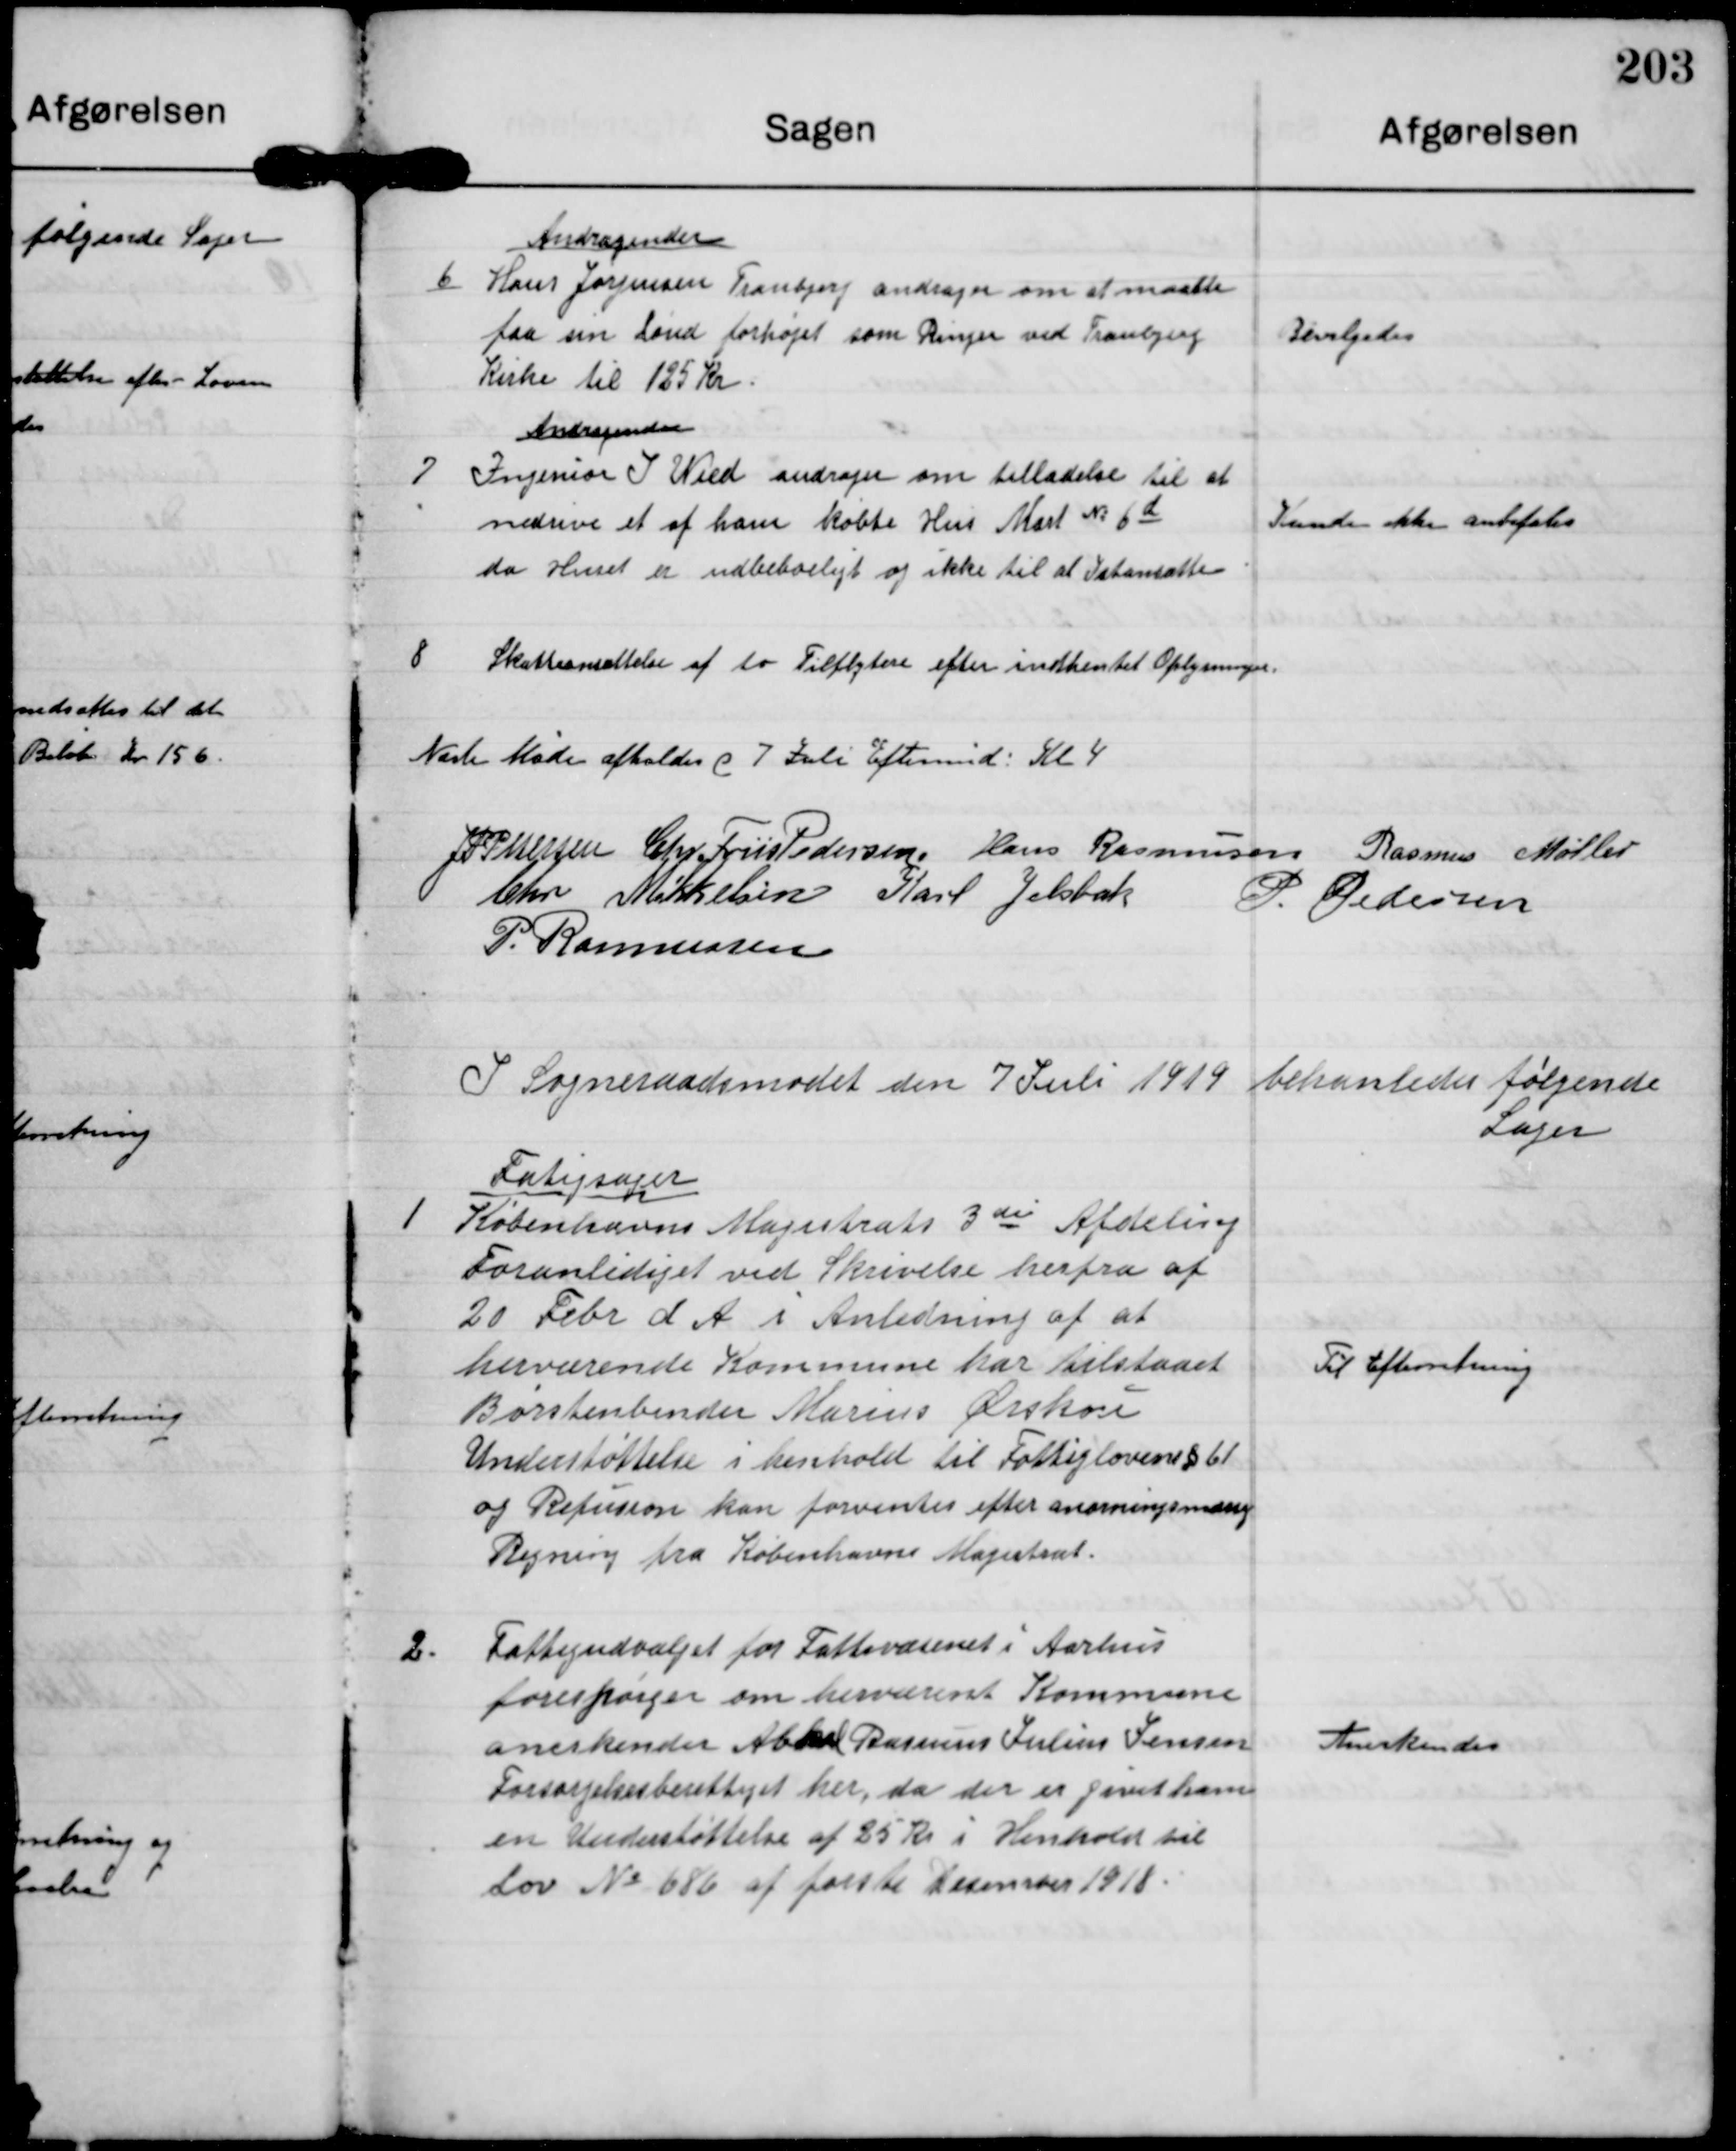
Transskription:
6

Andragender
Hans Jørgensen Tranbjerg andrager om at maatte
faa sin Lønd forhøjet som Ringer ved Tranbjerg
Kirke til 125 Kr.

Bevilgedes

7

Andragender
Ingeniør J. Wied andrager om tilladelse til at
nedrive et af ham købte Hus Matr. No 6d
da Huset er udbeboeligt og ikke til at Istansætte.

Kunde ikke anbefales

8

Skatteansættelse af to Tilflytere efter indhentet Oplysninger

Næste Møde afholdes d 7 Juli Eftermid Kl 4

J P Petersen

Chr. Friis Pedersen

Hans Rasmussen

Rasmus Møller

Chr. Mikkelsen

Karl Jelsbak

P. Pedersen

P. Rasmussen

I Sogneraadsmødet den 7 Juli 1919 behandledes følgende
Sager

1

Fatigsager
Københavns Magistrats 3die Afdeling
Foranlediget ved Skrivelse herfra af
20 Febr d A i Anledning af at
herværende Kommune har tilstaaet
Børstenbinder Marius Ørskou
Understøttelse i henhold til Fattiglovens §61
og Refusion kan forventes efter anorningsmæssig
Regning fra Københavns Magistrat

Til Efterretning

2

Fattigudvalget for Fattivæsenet i Aarhus
forespørger om herværende Kommune
anerkender Abmd Rasmus Julius Jensen
Forsørgelsesberettiget her, da der er givet ham
en Understøttelse af 25 kr i Henhold til
Lov No 686 af første Desember 1918.

Anerkendes